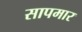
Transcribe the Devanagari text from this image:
सापमार